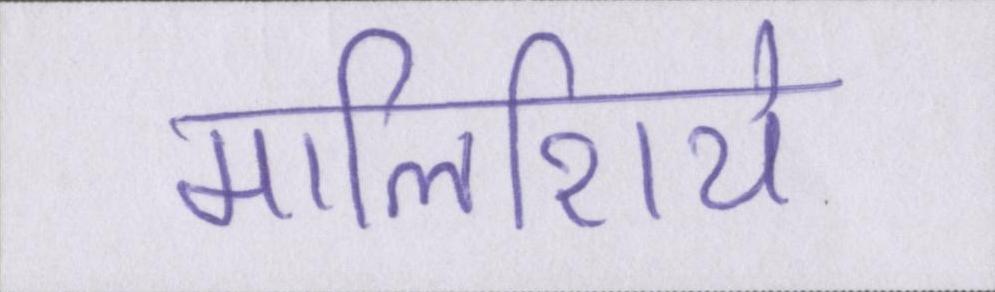
मालिशिये